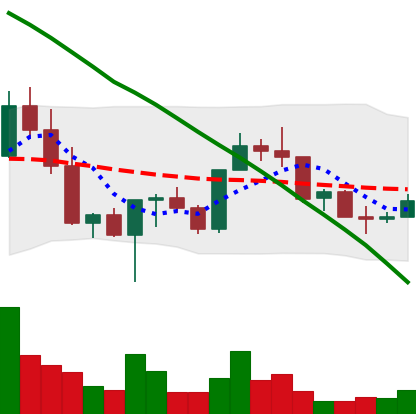
Ticker: NEO-USD
Chart end date: 2022-03-09
Forward return: -7.986%
Label: down_7plus